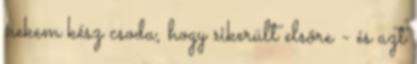
nekem kész csoda, hogy sikerült elsõre - és azt